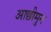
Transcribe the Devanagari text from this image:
आछीमुन